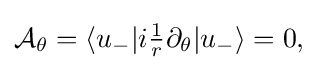
{\textstyle {\mathcal {A}}_{\theta }=\langle u_{-}|i{\frac {1}{r}}\partial _{\theta }|u_{-}\rangle =0,}